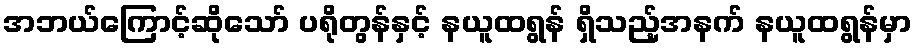
အဘယ်ကြောင့်ဆိုသော် ပရိုတွန်နှင့် နယူထရွန် ရှိသည့်အနက် နယူထရွန်မှာ